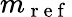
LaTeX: m_{\mathrm{~r~e~f~}}